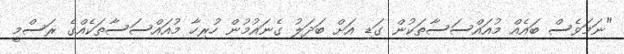
"ނަމަވެސް ބައެއް މުއައްސަސާތަކުން ގަޑި އަށް ބަދަލު ގެނައުމުން ހުރިހާ މުއައްސަސާތަކެއްގެ ރަސްމީ